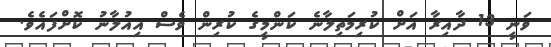
ވަނީ 13 ދާއިރާ އަށް ކުރިމަތިލާނެ ކަންމީގެ ކުރިން ވެސް އިއުލާނު ކޮށްފައެވެ.